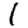
Digit: 1